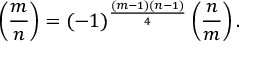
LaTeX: \left( { \frac { m } { n } } \right) = ( - 1 ) ^ { \frac { ( m - 1 ) ( n - 1 ) } { 4 } } \left( { \frac { n } { m } } \right) .